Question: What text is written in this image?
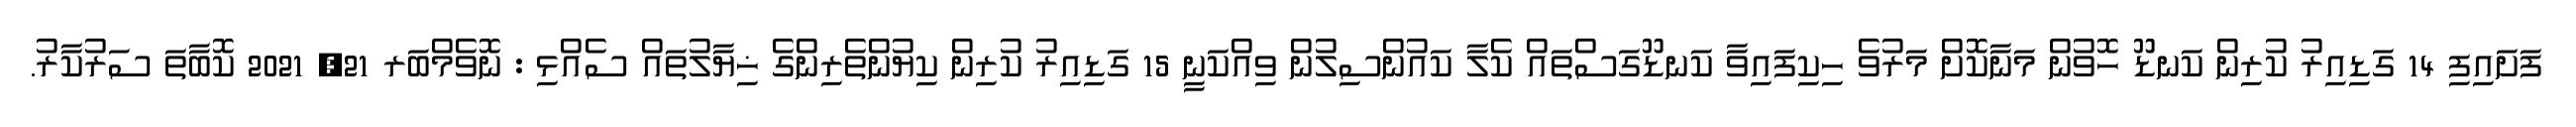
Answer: ފަށައިފި 14 ގަޑިއިރު ކުރިން ކަނޑޫ ހޮވުން މަނާކޮށް މަރުވެ ހިކިފައިވާ ކަނޑޫގަސްތައް ކެލާ ކައުންސިލުން ވިއްކަނީ 15 ގަޑިއިރު ކުރިން ކިޔުންތެރިންގެ ޚިޔާލުތައް ސެއްޅި : ނޮވެމްބަރ 21, 2021 ކޮބާތަ ސަރުކާރު.